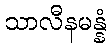
သာလီနမန္နံ